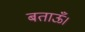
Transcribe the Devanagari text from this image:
बताऊँ।